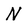
Character: N